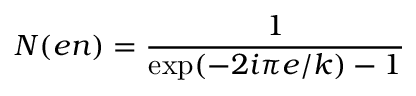
{ \cal N } ( e n ) = \frac { 1 } { \mathrm { e x p } ( - 2 i \pi e / k ) - 1 }